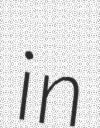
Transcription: in